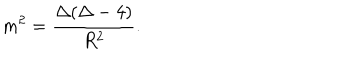
m ^ { 2 } = \frac { \Delta ( \Delta - 4 ) } { R ^ { 2 } } .